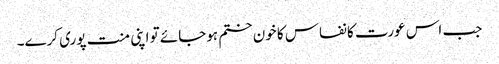
جب اس عورت کا نفاس کا خون ختم ہوجائے تو اپنی منت پوری کرے۔